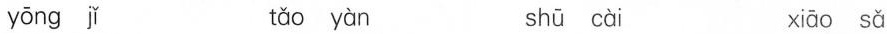
yōng jǐ tǎo yàn shū cài xiāo sǎ